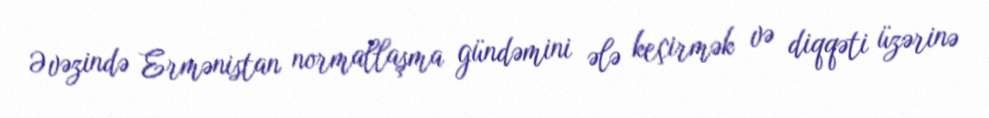
Əvəzində Ermənistan normallaşma gündəmini ələ keçirmək və diqqəti üzərinə